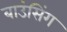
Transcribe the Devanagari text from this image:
बाउंसिंग